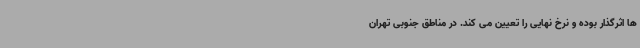
ها اثرگذار بوده و نرخ نهایی را تعیین می کند. در مناطق جنوبی تهران